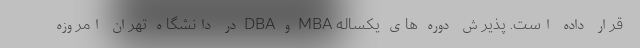
قرار داده است. پذیرش دوره های يکساله MBA و DBA در دانشگاه تهران امروزه